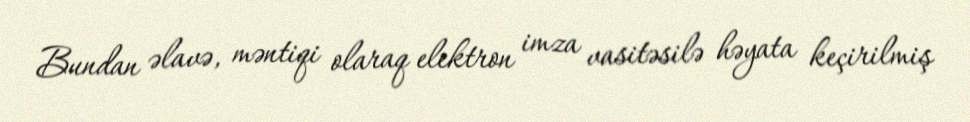
Bundan əlavə, məntiqi olaraq elektron imza vasitəsilə həyata keçirilmiş